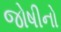
જોષીનો